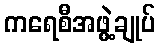
ကရေစီအဖွဲ့ချုပ်